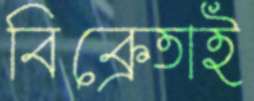
বিক্রেতাই